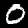
Label: 0